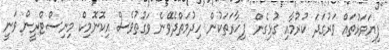
ފިޔަވަޅުތައް ވަރުގަދަ ކުރުމާއި ގުޅިގެން ފިހާރަތަކުން ހިދުމަތްދެވޭނެ ވަގުތުވެސް އިކޮނޮމިކް މިނިސްޓްރީން ވަނީ